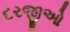
દરજીઓ